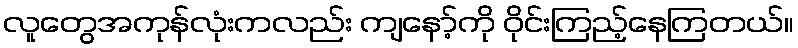
လူတွေအကုန်လုံးကလည်း ကျနော့်ကို ဝိုင်းကြည့်နေကြတယ်။